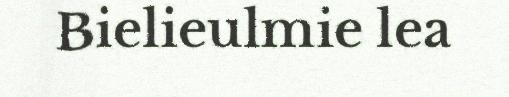
Bielieulmie lea